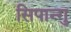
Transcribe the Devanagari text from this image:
सिपान्गु